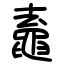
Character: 鼁